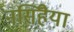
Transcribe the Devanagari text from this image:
नर्सिंहैया